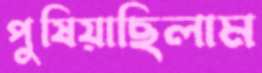
পুষিয়াছিলাম